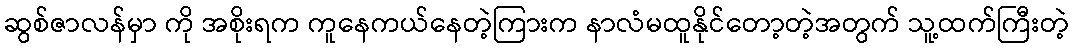
ဆွစ်ဇာလန်မှာ ကို အစိုးရက ကူနေကယ်နေတဲ့ကြားက နာလံမထူနိုင်တော့တဲ့အတွက် သူ့ထက်ကြီးတဲ့